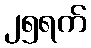
၂၅ရက်